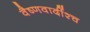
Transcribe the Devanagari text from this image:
वैष्णवादींश्च